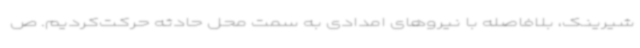
شیرینک، بلافاصله با نیروهای امدادی به سمت محل حادثه حرکت‌کردیم. ص